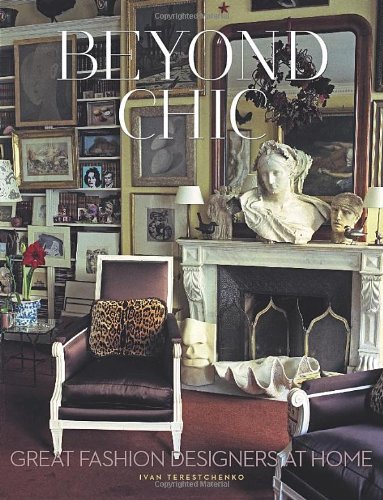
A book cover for Beyond Chic: Great Fashion Designers at Home; Ivan Terestchenko; Arts & Photography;